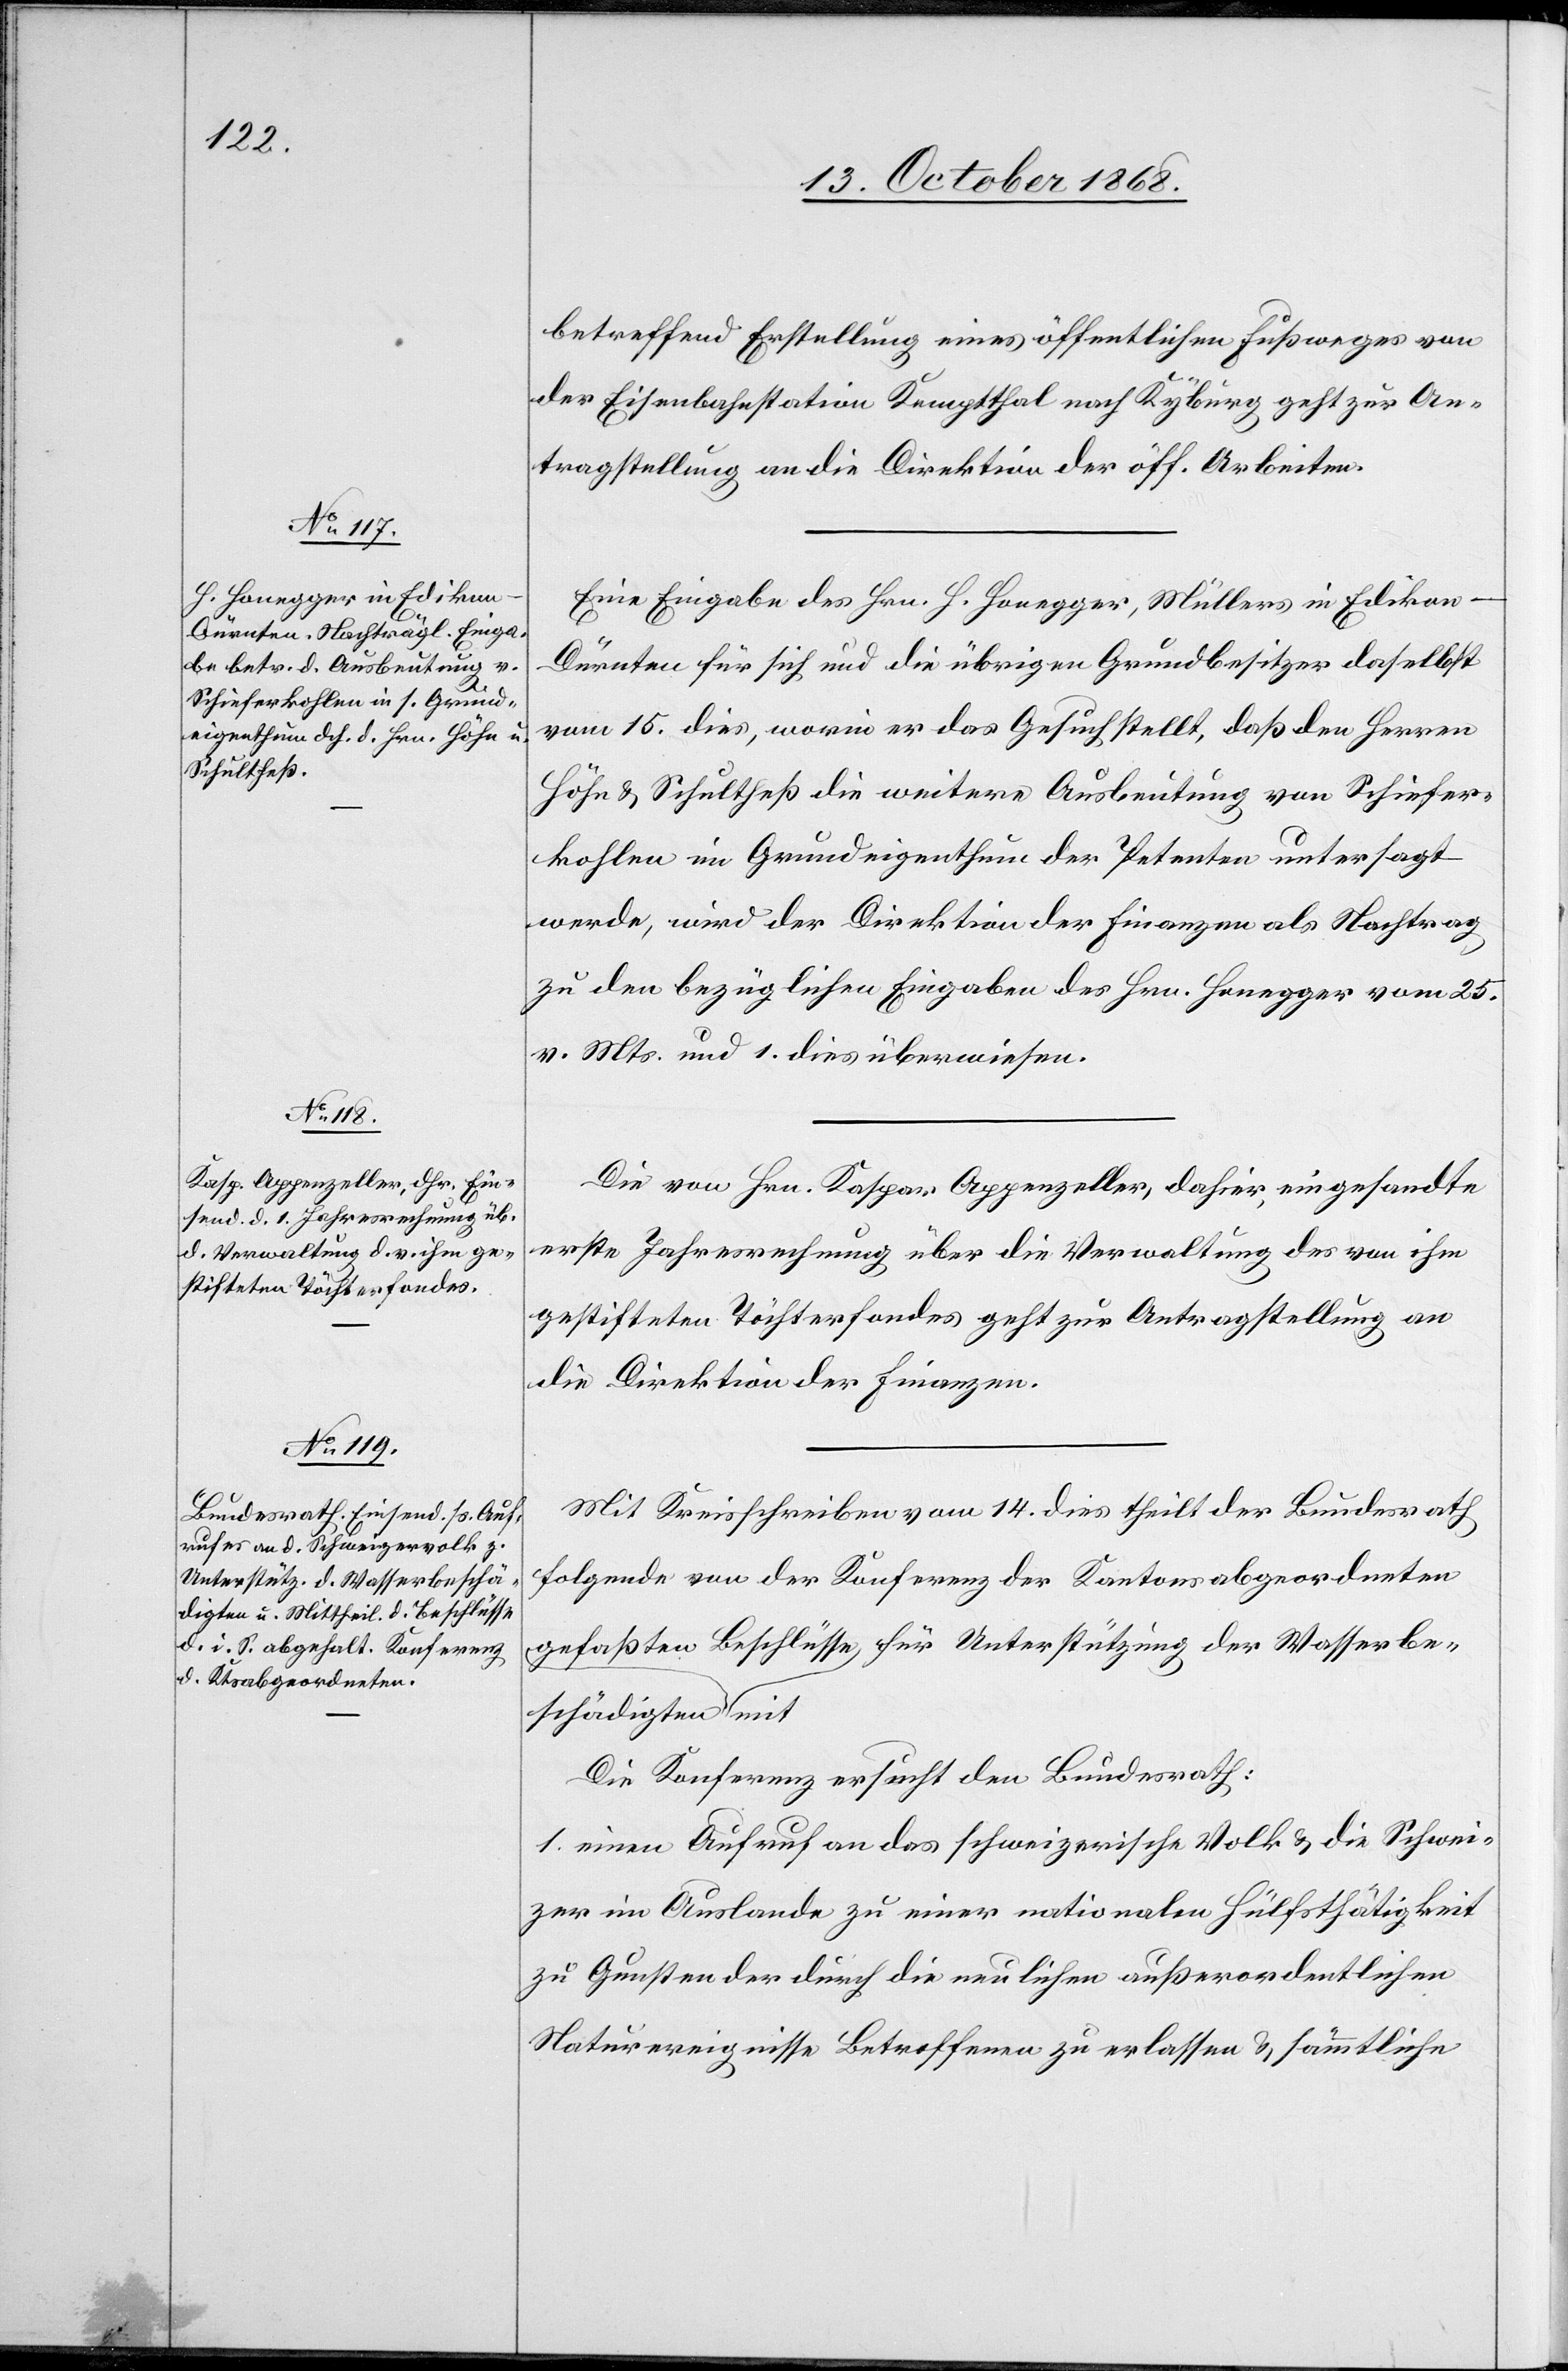
digten
Unterstützung der Wasserbeschä¬

17. October 1868.]
betreffend Erstellung eines öffentlichen Fußweges von
der Eisenbahnstation Kemptthal nach Kyburg geht zur An¬
tragstellung an die Direktion der öff. Arbeiten.
Eine Eingabe des Hrn. H. Honegger, Müllers in Edikon
Dürnten für sich und die übrigen Grundbesitzer daselbst
vom 15. dies, worin er das Gesuch stellt, daß den Herren
Höhn & Schultheß die weitere Ausbeutung von Schiefer¬
kohlen im Grundeigenthum der Petenten untersagt
werde, wird der Direktion der Finanzen als Nachtrag
zu den bezüglichen Eingaben des Hrn. Honegger vom 25.
v. Mts. und 1. dies überwiesen.
Die von Hrn. Kaspar Appenzeller, dahier, eingesandte
erste Jahresrechnung über die Verwaltung des von ihm
gestifteten Töchterfondes geht zur Antragstellung an
die Direktion der Finanzen.
Mit Kreisschreiben vom 14. dies theilt der Bundesrath
folgende von der Konferenz der Kantonsabgeordneten
Die Konferenz ersucht den Bundesrath:
1. einen Aufruf an das schweizerische Volk & die Schwei¬
zer im Auslande zu einer nationalen Hülfsthätigkeit
zu Gunsten der durch die neulichen außerordentlichen
Naturereignisse Betroffenen zu erlassen & sämmtliche